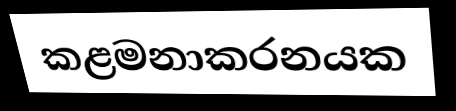
කළමනාකරනයක